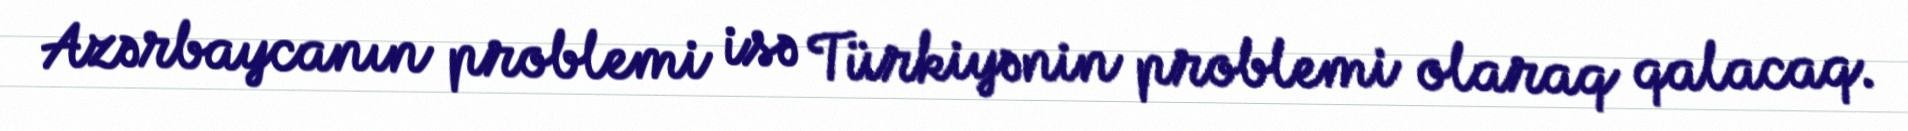
Azərbaycanın problemi isə Türkiyənin problemi olaraq qalacaq.